Lunatic asylums Punjab 1895-1910 - 1895-1910
Year: 1895
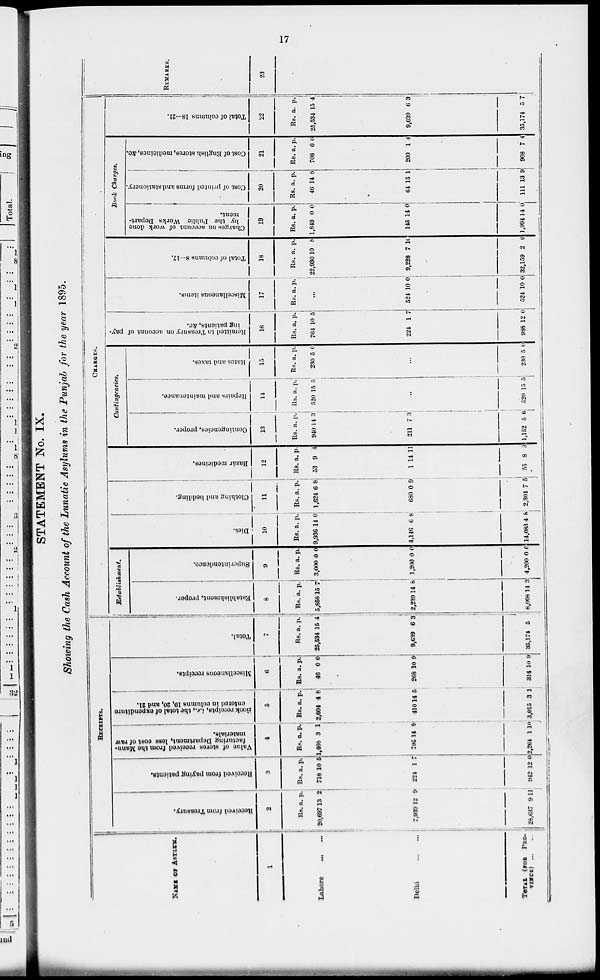
17
STATEMENT No. IX.
Showing the Cash Account of the Lunatic Asylums in the Punjab for the year 1895.
NAME OF ASYLUM
1
Lahore ... ...
Delhi ... ...
TOTAL (FOR PRO-
VINCE)
...
...
RECEIPT.
Received
from Treasury.
2
Rs.
20,697
7,939
28,637
a.
13
12
9
p.
2
9
11
Received from paying patients.
3
Rs.
718
224
942
a.
10
1
12
p.
5
7
0
Value of stores received from the Manu-
facturing Department, less
cost of raw
materials.
4
Rs.
1,468
795
2,264
a.
3
14
1
p.
1
9
10
Book
receipts, i.e., the total of expenditure
entered
in columns 19, 20, and 21.
5
Rs.
2,604
410
3,015
a.
4
14
3
p.
8
5
1
Miscellaneous receipts.
6
Rs.
46
268
314
a.
0
10
10
p.
0
9
9
Total.
7
Rs.
25,534
9,639
35,174
a.
l5
6
5
p.
4
3
CHARGES.
Establishment.
Establishment, proper.
8
Rs.
5,858
2,239
8,098
a.
15
14
14
p.
7
8
3
Superintendence.
9
Rs.
3,000
1,200
4,200
a.
0
0
0
p.
0
0
0
Diet.
10
Rs.
9,936
4,146
14,08
a.
14
6
34
p.
0
8
8
Clothing and bedding.
11
Rs.
1,624
680
2,304
a.
6
0
7
p.
8
9
5
Bazár medicines.
12
Rs.
53
1
55
a.
9
14
8
p.
4
11
3
Contingencies, proper.
13
Rs.
940
211
1,152
a.
14
7
5
p.
3
3
6
Repairs and maintenance.
14
Rs.
520
520
a.
15
...
15
p.
5
5
Rates
and taxes.
15
Rs.
230
230
a.
5
...
5
p.
0
0
Remitted to Treasury on account of pay-
ing patients, &c.
16
Rs.
764
224
988
a.
10
1
12
p.
5
7
0
Miscellaneous items.
17
Rs.
524
524
a.
...
10
10
p.
0
0
Total of columns 8-17.
18
Rs.
22,930
9,228
32,159
a
10
7
2
p.
8
10
6
Book Cha
Charges on account of work done
by the Public Works Depart-
ment.
19
Rs.
1,849
145
1,994
a.
0
14
14
p.
0
0
0
Cost of printed forms and stationery.
20
Rs.
46
64
111
a.
14
15
13
P.
8
1
9
Cost of English stores, medicines, &c.
21
Rs.
708
200
908
a.
6
1
7
p.
0
4
4
Total of columns 18—21.
22
Rs.
25,534
9,639
35,174
a.
15
6
5
p.
4
3
7
REMARKS.
23